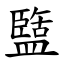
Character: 盬